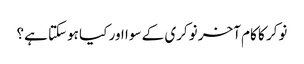
نوکر کا کام آخر نوکری کے سوا اور کیا ہوسکتا ہے؟